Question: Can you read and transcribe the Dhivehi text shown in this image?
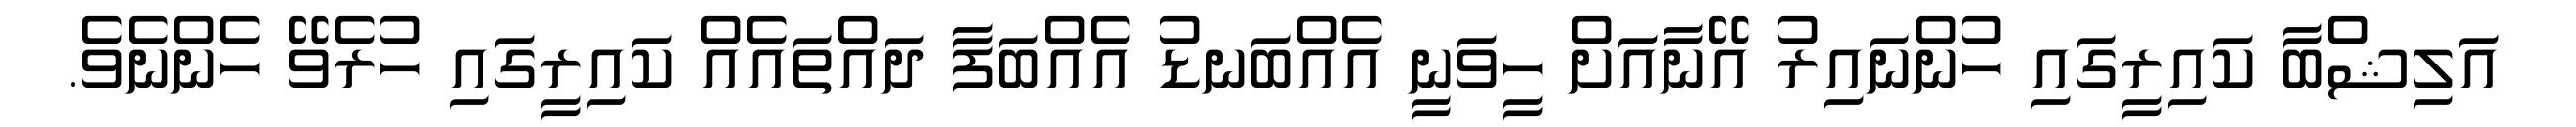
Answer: އަލިޝްބާ ކައިރީގައި ހުންނައިރު އޭނާއަށް ހީވަނީ އެއްބަނޑު އެއްބަފާ ދައްތައެއް ކައިރީގައި ހުރެވޭ ހެންނެވެ.